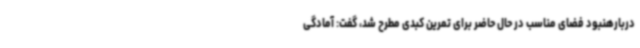
دربارهنبود فضای مناسب در حال حاضر برای تمرین کبدی مطرح شد، گفت: آمادگی